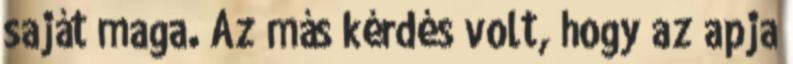
saját maga. Az más kérdés volt, hogy az apja